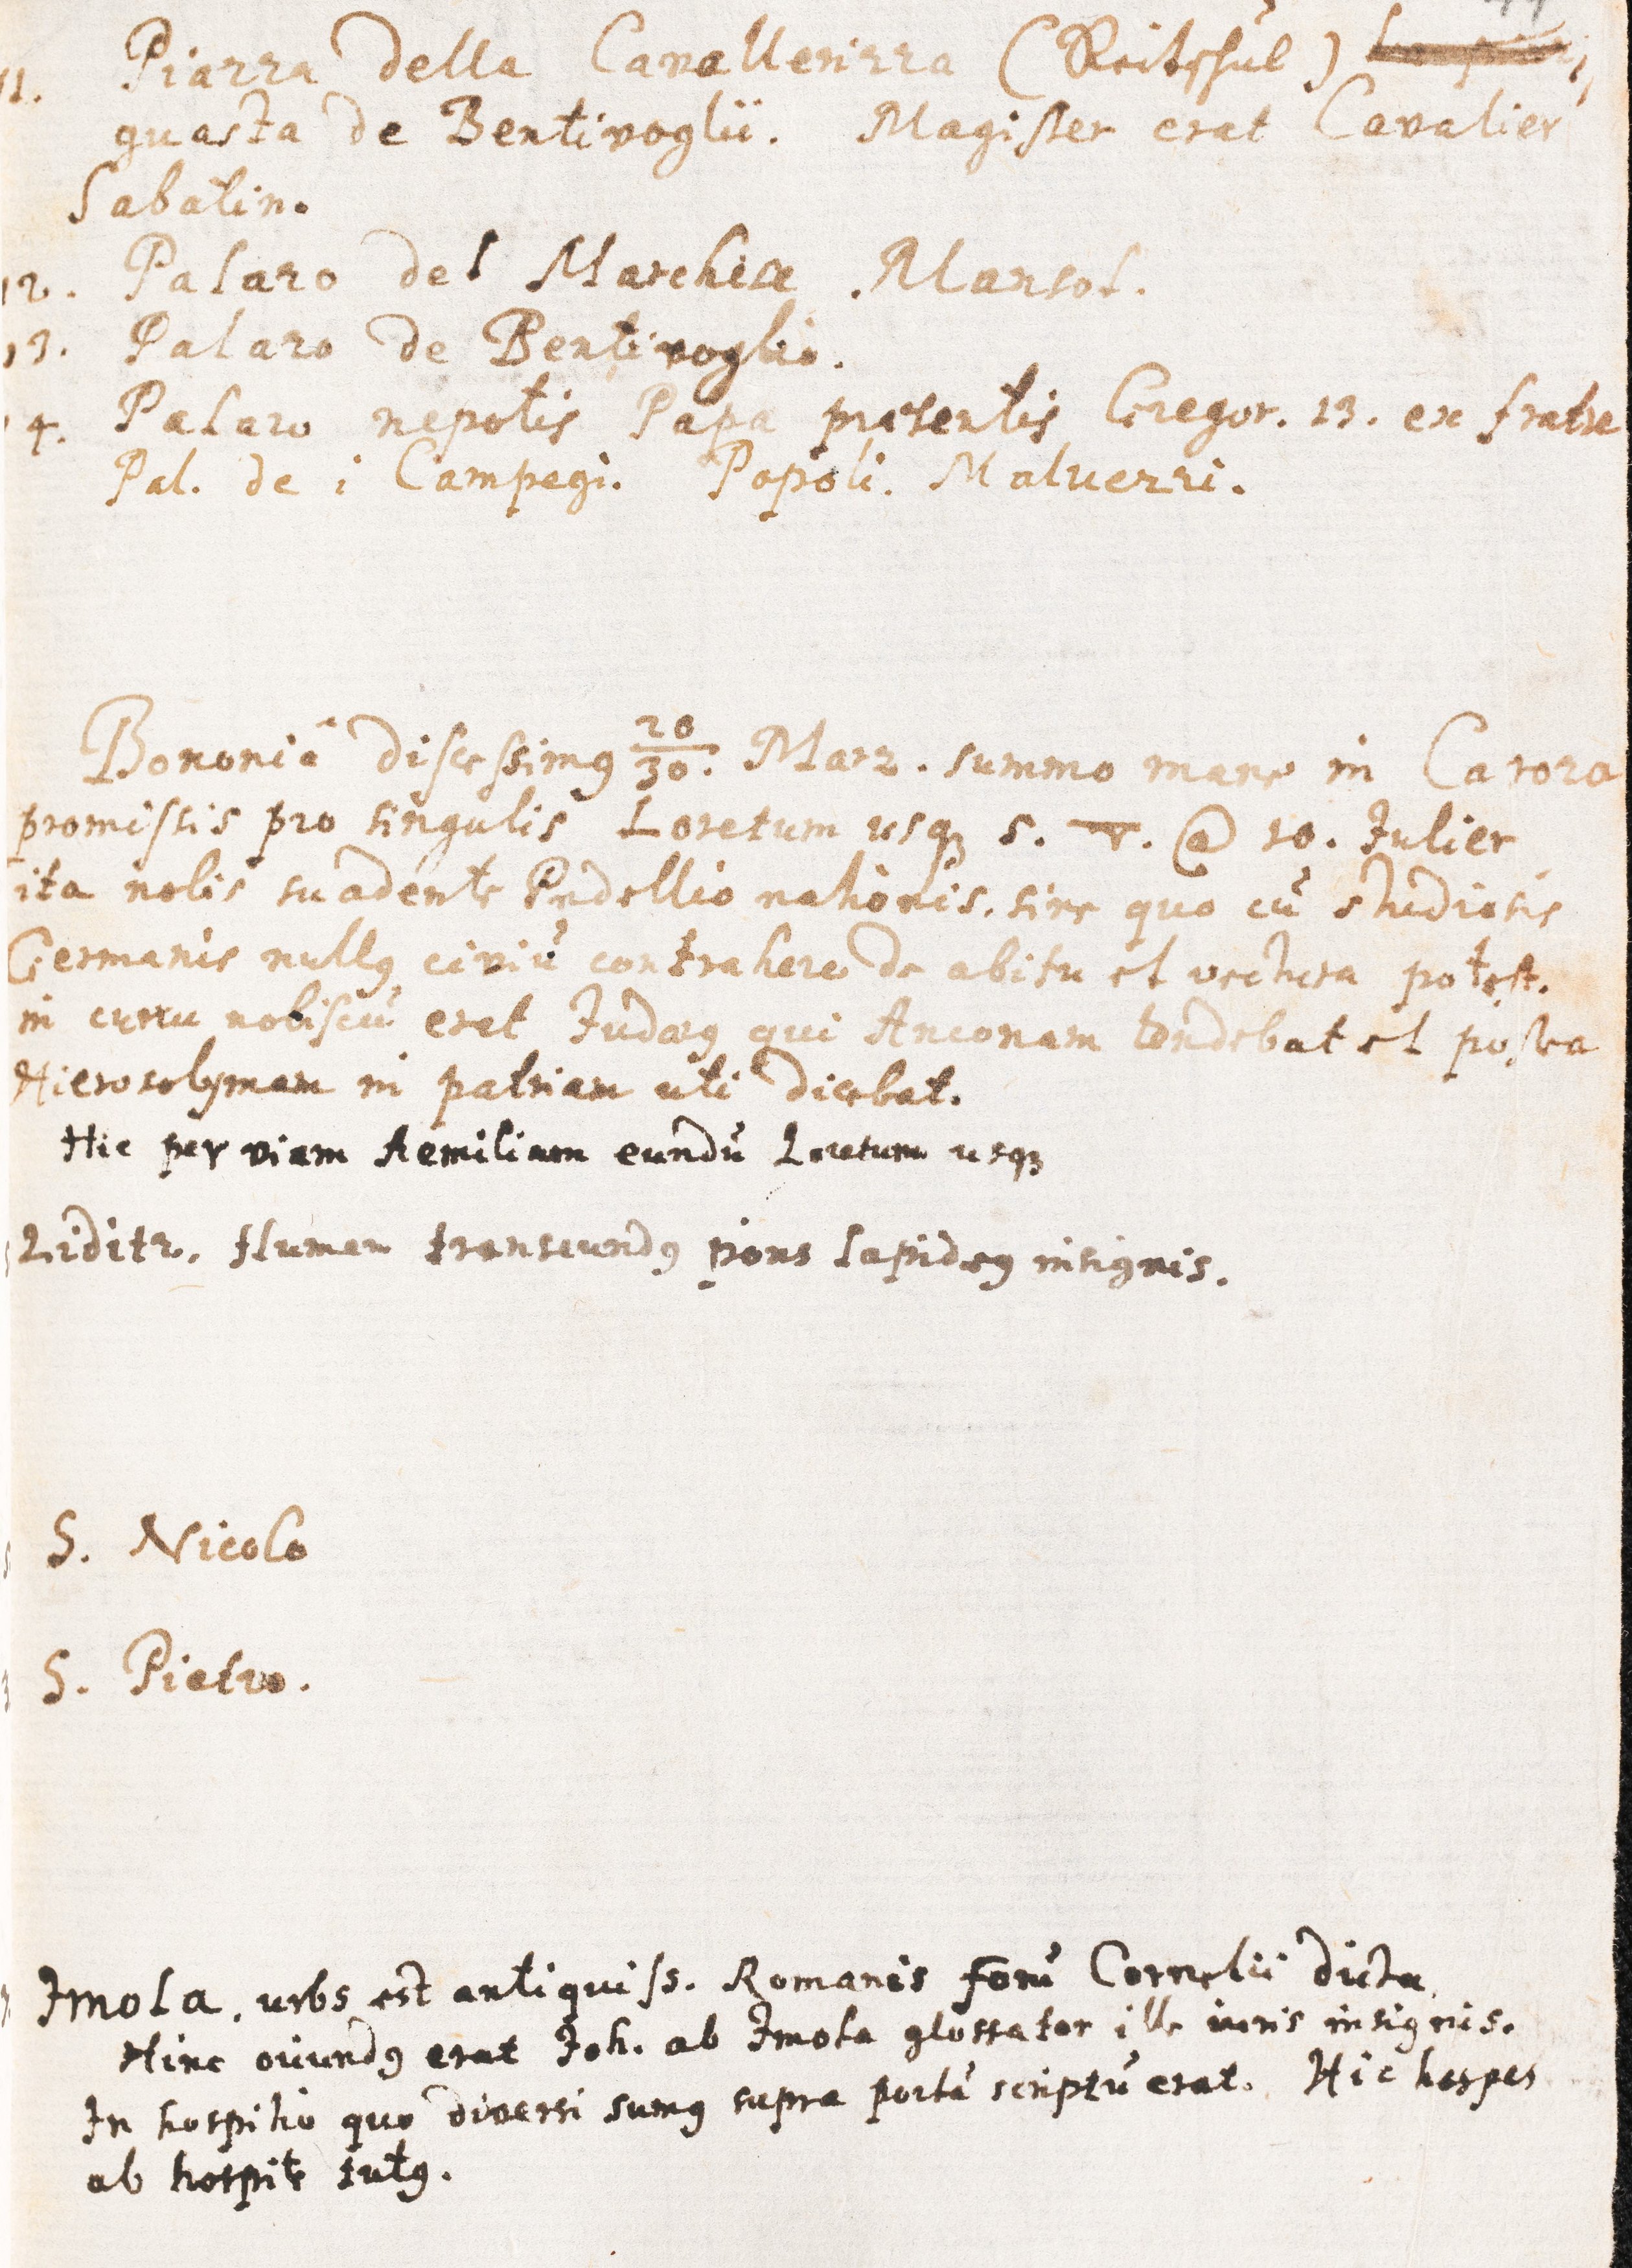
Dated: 1621–1621